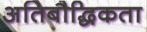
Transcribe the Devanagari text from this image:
अतिबौद्धिकता